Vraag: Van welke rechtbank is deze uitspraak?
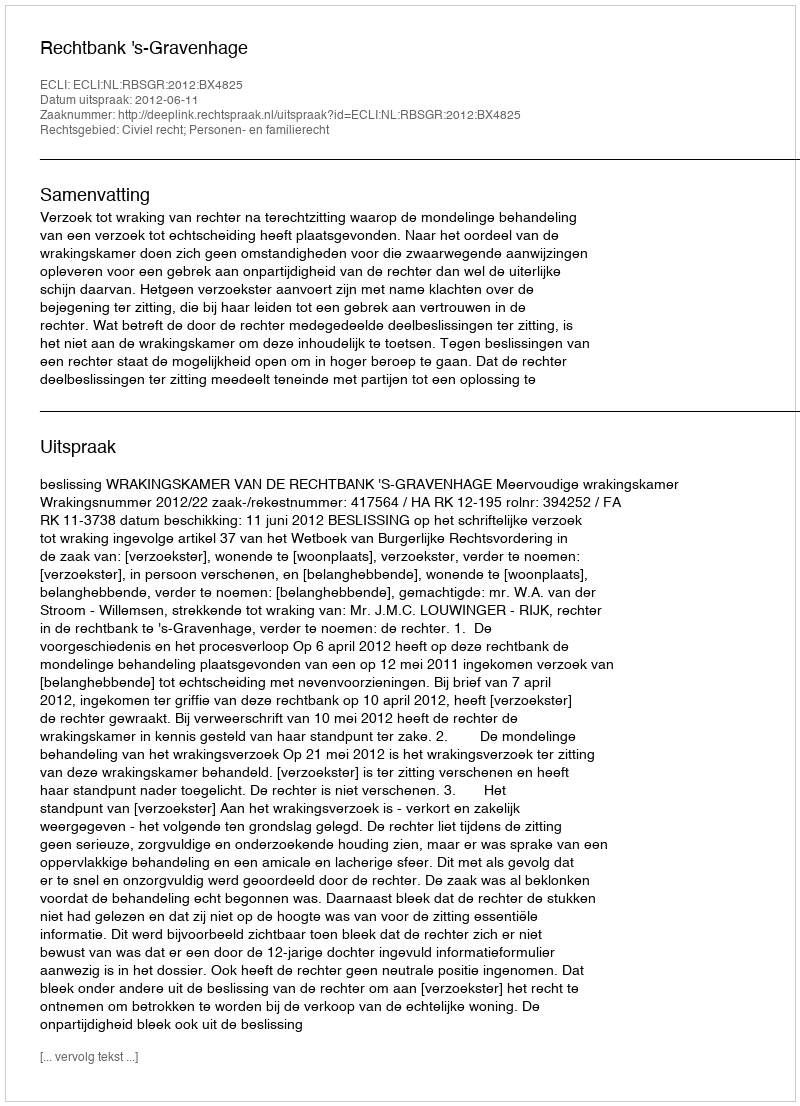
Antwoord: Rechtbank 's-Gravenhage